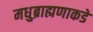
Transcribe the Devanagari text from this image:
मधुब्राह्मणाकडे